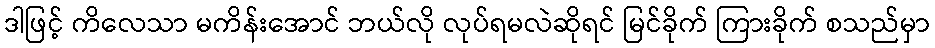
ဒါဖြင့် ကိလေသာ မကိန်းအောင် ဘယ်လို လုပ်ရမလဲဆိုရင် မြင်ခိုက် ကြားခိုက် စသည်မှာ